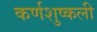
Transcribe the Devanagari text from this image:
कर्णशुष्कली